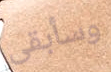
وسأبقى